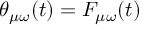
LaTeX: \theta _ { \mu \omega } ( t ) = F _ { \mu \omega } ( t )